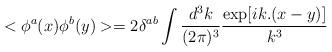
LaTeX: \begin{align*}<\phi^a(x)\phi^b(y)>=2\delta^{ab} \int \frac{d^3k}{(2\pi)^3}\frac{\exp[ik.(x-y)]}{k^3} \end{align*}